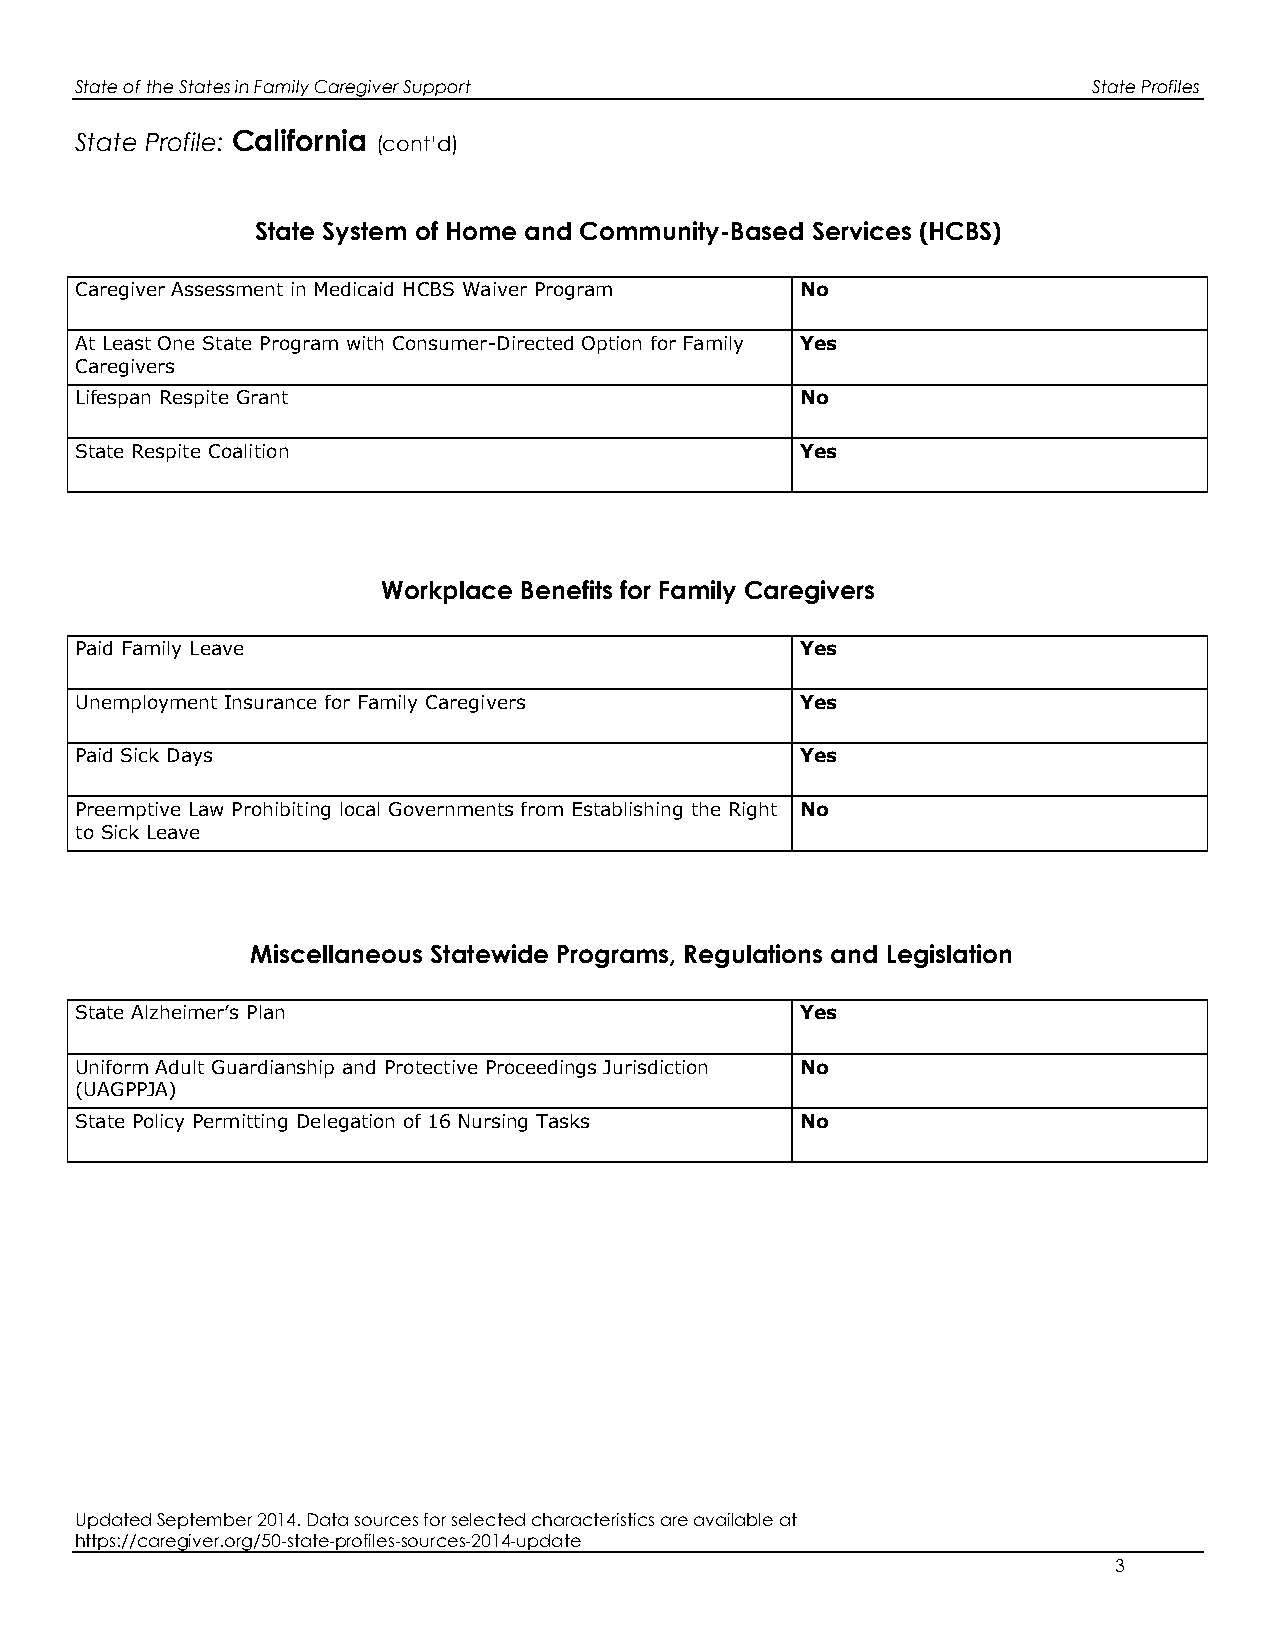
State of the States in Family Caregiver Support                    State Profiles
 State Profile: California (cont’d)
 State System of Home and Community-Based Services (HCBS)
 Caregiver Assessment in Medicaid HCBS Waiver Program No
 At Least One State Program with Consumer-Directed Option for Family Yes
 Caregivers
 Lifespan Respite Grant                          No
 State Respite Coalition                         Yes
 Workplace Benefits for Family Caregivers
 Paid Family Leave                               Yes
 Unemployment Insurance for Family Caregivers    Yes
 Paid Sick Days                                  Yes
 Preemptive Law Prohibiting local Governments from Establishing the Right No
 to Sick Leave
 Miscellaneous Statewide Programs, Regulations and Legislation
 State Alzheimer’s Plan                          Yes
 Uniform Adult Guardianship and Protective Proceedings Jurisdiction No
 (UAGPPJA)
 State Policy Permitting Delegation of 16 Nursing Tasks No
 Updated September 2014. Data sources for selected characteristics are available at
 https://caregiver.org/50-state-profiles-sources-2014-update
 3